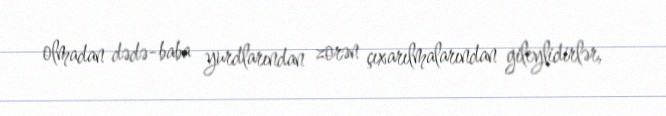
olmadan dədə-baba yurdlarından zorən çıxarılmalarından gileylidirlər,